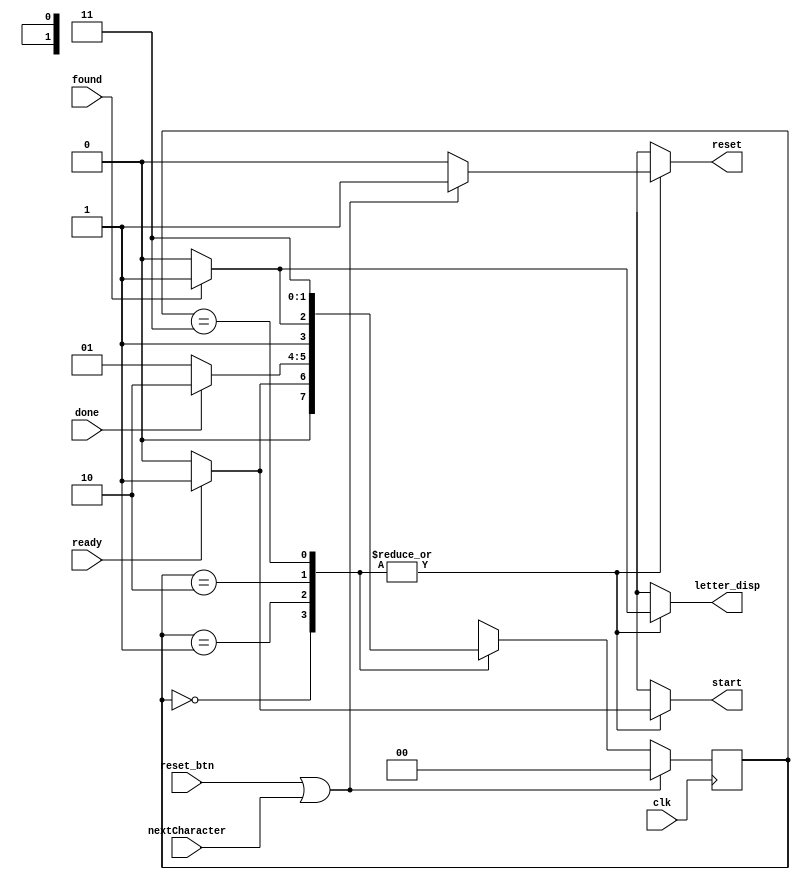
`timescale 1ns / 1ps
//////////////////////////////////////////////////////////////////////////////////
// Company: 
// Engineer: 
// 
// Design Name: 
// Module Name: FSM_letter
// Project Name: 
// Target Devices: 
// Tool Versions: 
// Description: 
// 
// Dependencies: 
// 
// Revision:
// Revision 0.01 - File Created
// Additional Comments:
// 
//////////////////////////////////////////////////////////////////////////////////


module FSM_letter(
    input wire clk,
    input wire ready,
    input wire done,
    input wire found,
    input wire reset_btn,
    input wire nextCharacter,
    output reg letter_disp,
    output reg start,
    output reg reset
    );
    
    // Assign bit values to each state of FSM
    parameter IDLE = 2'b00, CODE_CHECK = 2'b01, DISP = 2'b10, CLOSE = 2'b11;

    // Declare 2 reg to store current and next state
    reg [1:0] state, nextstate;
    
    // State memory - sequential
    always @(posedge clk) begin
        if (reset_btn || nextCharacter) state <= IDLE;
        else state <= nextstate;
    end
    
    // Next state logic - combinational
    always @(*) begin
        case (state)
            IDLE : begin // the default state of system after reset
                if (ready) nextstate = CODE_CHECK; // "ready" signal comes from key processor indicating to start checking the code
                else nextstate = IDLE;
            end
            
            CODE_CHECK : begin
                if (done) nextstate = DISP; // after checking procedure done, go to DISP state
                else nextstate = CODE_CHECK;
            end
            
            DISP : begin
                if (found) nextstate = CLOSE; // if the input Morse code is correct, then display corresponding letter
                else nextstate = DISP;
            end
            
            CLOSE : begin
                if (reset_btn || nextCharacter) nextstate = IDLE; // if the users press reset button or after 5 secs since last digit, reset the system
                else nextstate = CLOSE;
            end 
        endcase
    end
    
    // Output logic
    always @(*) begin
        case (state)
            IDLE : begin
                start = (ready) ? 1'b1 : 1'b0;
                letter_disp = (found) ? 1'b1 : 1'b0;
                reset = (reset_btn || nextCharacter) ? 1'b1 : 1'b0;
            end
            
            CODE_CHECK : begin
                start = (ready) ? 1'b1 : 1'b0;
                letter_disp = (found) ? 1'b1 : 1'b0;
                reset = (reset_btn || nextCharacter) ? 1'b1 : 1'b0;
            end
            
            DISP : begin
                start = (ready) ? 1'b1 : 1'b0;
                letter_disp = (found) ? 1'b1 : 1'b0;
                reset = (reset_btn || nextCharacter) ? 1'b1 : 1'b0;
            end
            
            CLOSE : begin
                start = (ready) ? 1'b1 : 1'b0;
                letter_disp = (found) ? 1'b1 : 1'b0;
                reset = (reset_btn || nextCharacter) ? 1'b1 : 1'b0;
            end 
        endcase
    end
endmodule